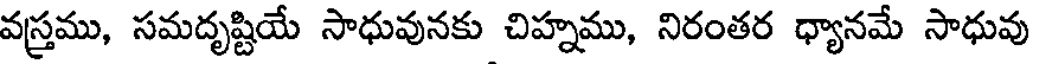
వస్త్రము, సమదృష్టియే సాధువునకు చిహ్నము, నిరంతర ధ్యానమే సాధువు